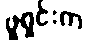
ဖူရှင်းက